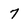
Character: 7